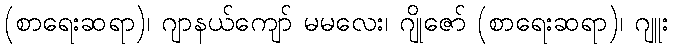
(စာရေးဆရာ)၊ ဂျာနယ်ကျော် မမလေး၊ ဂျိုဇော် (စာရေးဆရာ)၊ ဂျူး